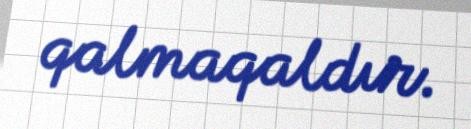
qalmaqaldır.